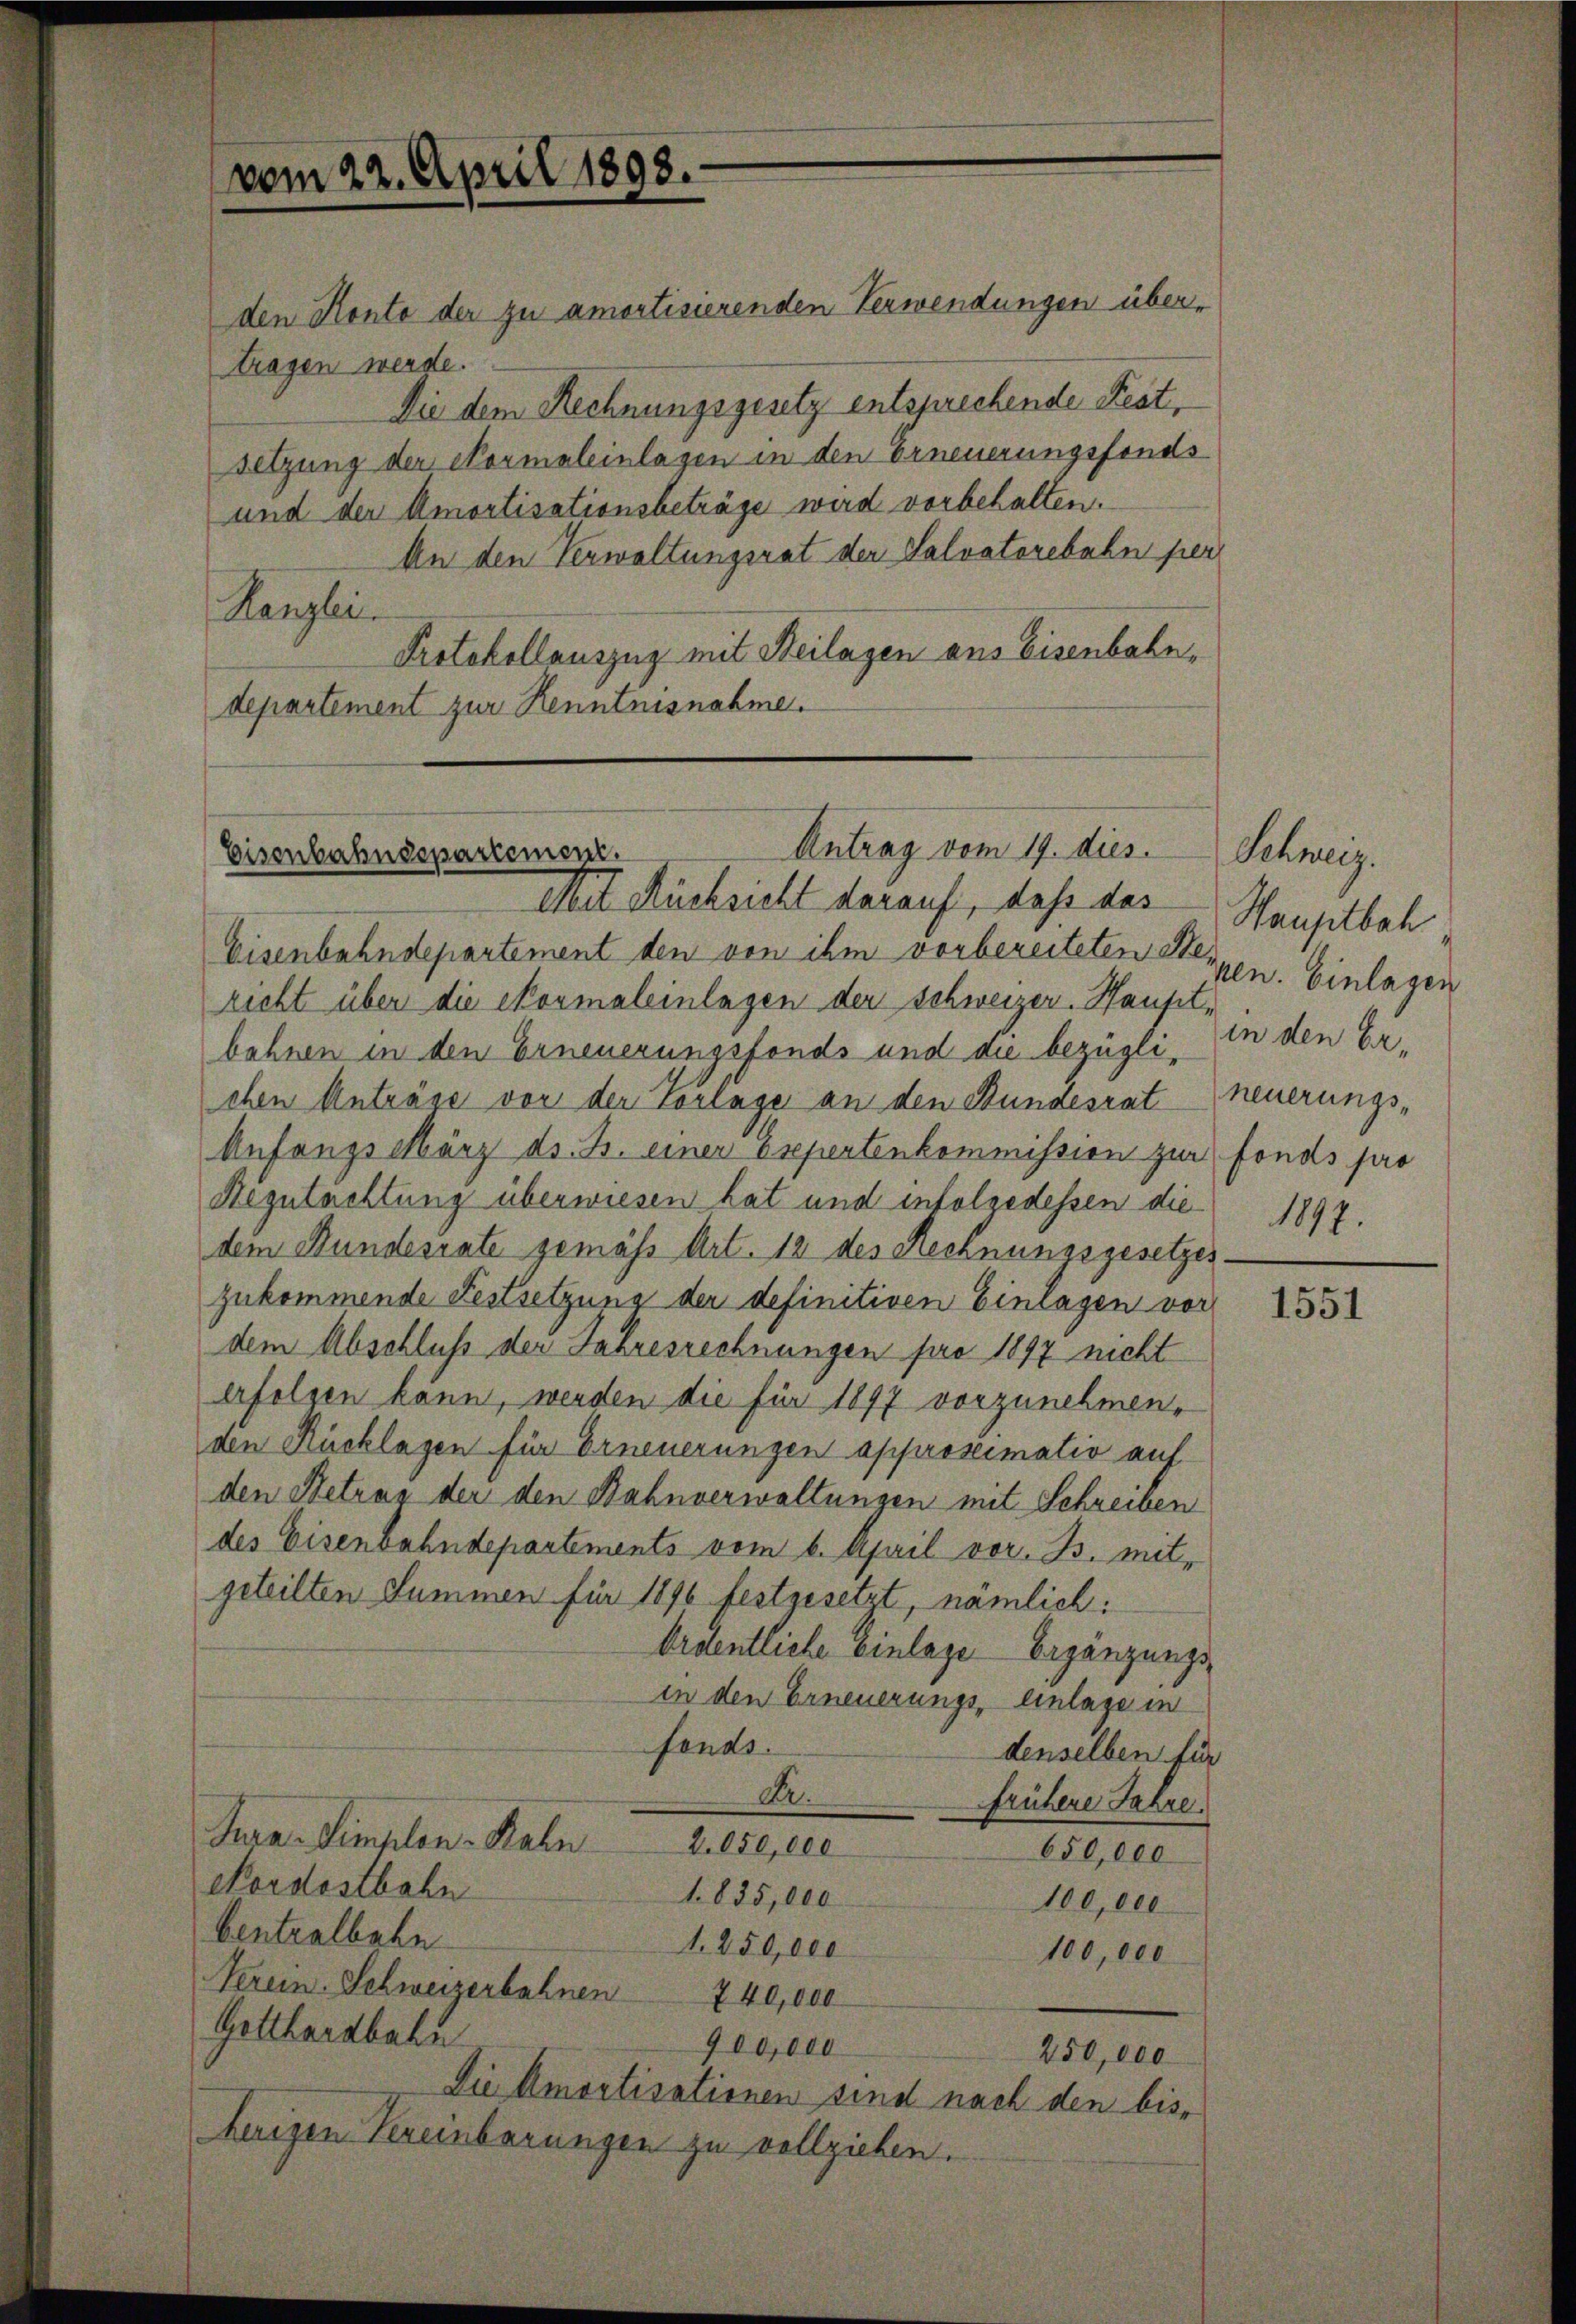
vom 22. April 1898.

den Konto der zu amortisierenden Verwendungen übertragen werde.
Setzung der Normaleinlagen in den Erneuerungsfonds
und der Amortisationsbeträge wird vorbehalten.
An den Verwaltungsrat der Salvatorebahn per
Kanzlei.
Protokollauszug mit Heilagen aus Eisenbahndepartement zur Kenntnisnahme.

Antrag vom 19. dies
Eisenbahnsspartement.

Die dem Rechnungsgesetz entsprechende Fest¬

Mit Rücksicht darauf, daß das Hauptbah
Eisenbahndepartement den von ihm vorbereiteten Ste-
richt über die Normaleinlagen der Schweizer. Hauptbahnen in den Erneuerungsfonds und au bezügli, in den Erchen Antrase vor der Vorlage an den Stundesrat neuerungs¬
Anfangs März ds. B. einer Expertenkommission zur Fonds pro
Regutachtung überwiesen hat und infolgedessen die
dem Bundesrate gemäß Art. 12 des Rechnungsgesetzes.
zukommende Festsetzung der definitiven Einlagen vor
dem Abschluß der Jahresrechnungen pro 1897 nicht
erfolgen kann, werden die für 1897 vorzunehmen,
den Rücklagen für Erneuerungen approseimativ auf
den Betrag der den Bahnverwaltungen mit Schreiben
des Eisenbahndepartements vom 6. April vor. B. mitgeteilten Summen für 1896 festgesetzt, nämlich:
Ordentliche Einlage Ergänzungsin den Erneuerungs-Einlage in
fonds.
denselben für
Dr.
frühere Jahre.
Tura-Simplon-Rahn.
2.050,000
650,000
Nordostbahn
1835,000
100,000
bentralbahn
1. 250,000
100,000
Verein Schweizerbahnen 7 40,000
Gotthardbahn
900,000
250,000
Die Amortisationen sind nach den bis-
herigen Vereinbarungen zu vollziehen.

Schweiz.
Ven. Einlagen
1897.

1551